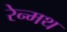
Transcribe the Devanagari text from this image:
रेन्मथ